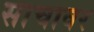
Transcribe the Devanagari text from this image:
साचावर